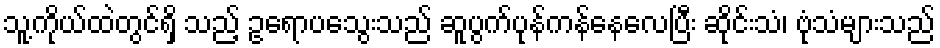
သူ့ကိုယ်ထဲတွင်ရှိ သည့် ဥရောပသွေးသည် ဆူပွက်ပုန်ကန်နေလေပြီး ဆိုင်းသံ၊ ဗုံသံများသည်